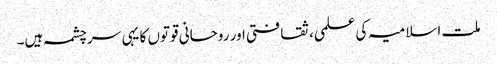
ملت اسلامیہ کی علمی، ثقافتی اور روحانی قوتوں کا یہی سرچشمہ ہیں۔